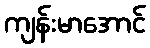
ကျန်းမာအောင်